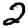
Digit: 2